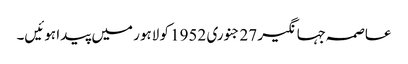
عاصمہ جہانگیر 27 جنوری 1952 کو لاہور میں پیدا ہوئیں۔